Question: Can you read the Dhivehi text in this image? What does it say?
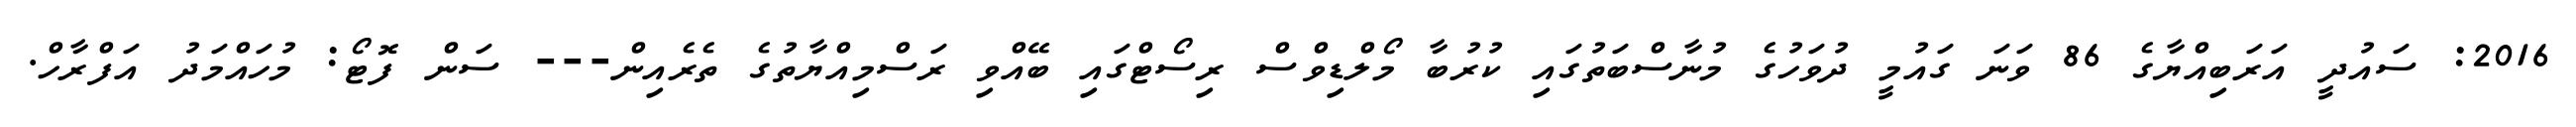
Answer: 2016: ސައުދީ އަރަބިއްޔާގެ 86 ވަނަ ގައުމީ ދުވަހުގެ މުނާސްބަތުގައި ކުރުބާ މޯލްޑިވްސް ރިސޯޓްގައި ބޭއްވި ރަސްމިއްޔާތުގެ ތެރެއިން--- ސަން ފޮޓޯ: މުހައްމަދު އަފްރާހް.